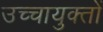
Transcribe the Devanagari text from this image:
उच्चायुक्तों